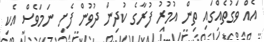
އެއް ވަގުތެއްގައި ތިން އުމުރު ފުރާގެ ކުދިން ދުވުން ފެށި ނަމަވެސް އެކި